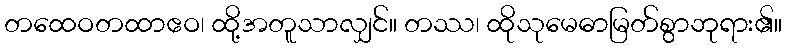
တထေဝတထာဧဝ၊ ထို့အတူသာလျှင်။ တဿ၊ ထိုသုမေဓာမြတ်စွာဘုရား၏။